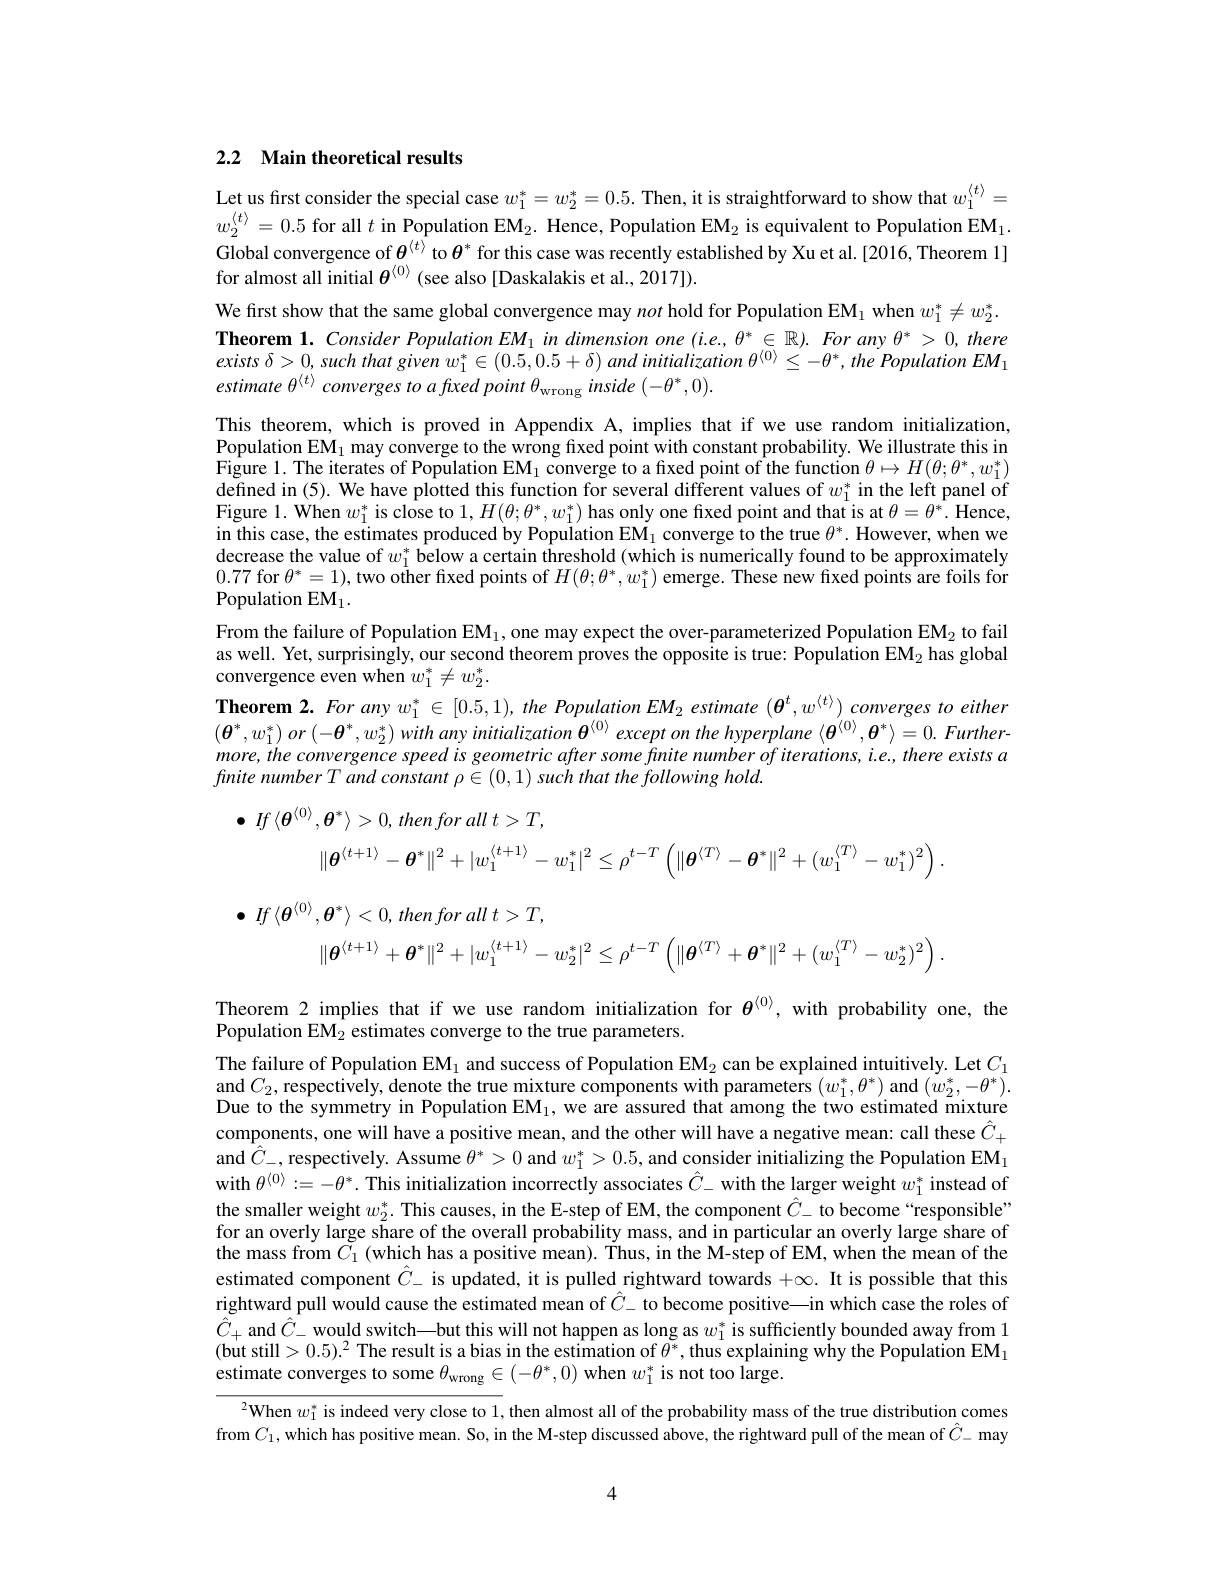
## 2.2 Main theoretical results

Let us first consider the special case $w_1^*=w_2^*=0.5$ Then, it is straightforward to show that $w_1^{\langle t\rangle}=$ $w_2^{\langle t\rangle}=0.5$ for all $t\text{in Population EM}_2.$ Hence, Population EM$_2$ is equivalent to Population EM$_1.$ Global convergence of $\theta^{\langle t\rangle}$ to $\theta^*$ for this case was recently established by Xu et al.[2016, Theorem 1] for almost all initial $\theta^{\langle0\rangle}$ (see also [Daskalakis et al., 2017]).

We first show that the same global convergence may $not\text{holdforPopulationEM}_1$ when $w_1^*\neq w_2^*.$ Theorem $1.ConsiderPopulationEM_{1}$ in dimension one $(i.e,\theta^*\in\mathbb{R}).For$ any $\theta^*>0,there$ $exists\delta > 0, such$ that given $w_{1}^{* }\in ( 0. 5, 0. 5+ \delta )$ and initialization $\theta ^{\langle 0\rangle }\leq - \theta ^{* }, the$ Population $EM_{1}$ estimate $\theta^{\langle t\rangle}$ converges to a fixed point $\theta_\mathrm{wrong}$ inside $(-\theta^*,0).$

This theorem, which is proved in Appendix A, implies that if we use random initialization, Population EM$_1$ may converge to the wrong fixed point with constant probability. We illustrate this in Figure 1. The iterates of Population EM$_1$ converge to a fixed point of the function $\theta\mapsto H(\theta;\theta^*,w_1^*)$ defined in (5). We have plotted this function for several different values of $w_1^*$ in the left panel of Figure 1. When $w_1^*$ is close to $1,H(\theta;\theta^*,w_1^*)$ has only one fixed point and that is at $\theta=\theta^*.$ Hence in this case, the estimates produced by Population EM$_1$ converge to the true $\theta^*.$ However, when we decrease the value of $w_1^*$ below a certain threshold (which is numerically found to be approximately 0.77 for $\theta ^* = 1) $,two other fixed points of $H( \theta ; \theta ^* , w_1^* )$ emerge. These new fixed points are foils for $\mathrm{Population~EM}_{1}.$
From the failure of Population EM$_1$, one may expect the over-parameterized Population EM$_2$ to fail as well. Yet, surprisingly, our second theorem proves the opposite is true: Population EM$_2$ has global convergence even when $w_1^*\neq w_2^*.$
Theorem 2. For any $w_1^*\in[0.5,1)$, the Population EM$_2$ estimate $(\boldsymbol{\theta}^t,w^{\langle t\rangle})$ converges to either $(\boldsymbol{\theta}^*,w_1^*)or\left(-\boldsymbol{\theta}^*,w_2^*\right)withanyinitialization\boldsymbol{\theta}^{\langle0\rangle}exceptonthehyperplane\left\langle\boldsymbol{\theta}^{\langle0\rangle},\boldsymbol{\theta}^*\right\rangle=0.Further$- more, the convergence speed is geometric after some finite number of iterations, i.e., there exists a finite number $T$ and constant $\rho \in ( 0, 1)$ such that the following $hold.$

$\bullet$ $If\langle \boldsymbol{\theta }^{\langle 0\rangle }, \boldsymbol{\theta }^{* }\rangle > 0, then$ for all $t> T$,
$$\|\boldsymbol{\theta}^{\langle t+1\rangle}-\boldsymbol{\theta}^*\|^2+|w_1^{\langle t+1\rangle}-w_1^*|^2\leq\rho^{t-T}\left(\|\boldsymbol{\theta}^{\langle T\rangle}-\boldsymbol{\theta}^*\|^2+(w_1^{\langle T\rangle}-w_1^*)^2\right).$$
$\bullet$ $If\langle \boldsymbol{\theta }^{\langle 0\rangle }, \boldsymbol{\theta }^{* }\rangle < 0, then$ for all $t> T$,
$$\|\boldsymbol{\theta}^{\langle t+1\rangle}+\boldsymbol{\theta}^*\|^2+|w_1^{\langle t+1\rangle}-w_2^*|^2\leq\rho^{t-T}\left(\|\boldsymbol{\theta}^{\langle T\rangle}+\boldsymbol{\theta}^*\|^2+(w_1^{\langle T\rangle}-w_2^*)^2\right).$$
Theorem 2 implies that if we use random initialization for $\theta^{\langle0\rangle}$, with probability one, the
Population EM$_2$ estimates converge to the true parameters.

The failure of Population EM$_1$ and success of Population EM$_2$ can be explained intuitively. Let $C_1$ and $C_2$, respectively, denote the true mixture components with parameters $(w_1^*,\theta^*)$ and $(w_2^*,-\theta^*).$ Due to the symmetry in Population EM$_1$, we are assured that among the two estimated mixture components, one will have a positive mean, and the other will have a negative mean: call these $\hat{C}_+$ and $\hat{C}_-$, respectively. Assume $\theta^*>0$ and $w_1^*>0.5$, and consider initializing the Population EM$_1$ with $\theta^{\langle0\rangle}:=-\theta^*.$ This initialization incorrectly associates $\hat{C}_-$ with the larger weight $w_1^*$ instead of the smaller weight $w_2^*.$ This causes, in the E-step of EM, the component $\hat{C}_-$ to become“responsible” for an overly large share of the overall probability mass, and in particular an overly large share of the mass from $\tilde{C}_1$ (which has a positive mean). Thus, in the M-step of EM, when the mean of the estimated component $\hat{C}_-$ is updated, it is pulled rightward towards $+\infty.$ It is possible that this rightward pull would cause the estimated mean of $\hat{C}_-$ to become positive\_in which case the roles of $\hat{C}_{+}$ and $\hat{C}_{-}$ would switch—but this will not happen as long as $w_1^*$ is sufficiently bounded away from 1 (but still> $0.5)^2$ The result is a bias in the estimation of $\theta^*,\text{thus explaining why the Population EM}_1$ estimate converges to some $\theta_\mathrm{wrong}\in(-\theta^*,0)$ when $w_1^*$ is not too large.

$^{2}$When $w_1^*$ is indeed very close to 1,then almost all of the probability mass of the true distribution comes from $C_1$, which has positive mean. So, in the M-step discussed above, the rightward pull of the mean of $\hat{C}_-$ may

4